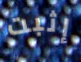
إثبت